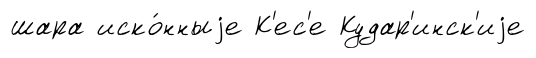
шара иско́нныjе К'ес'е Кудар'инск'иjе